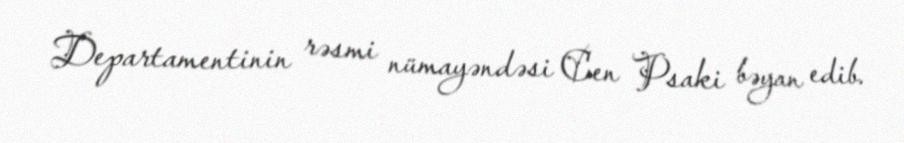
Departamentinin rəsmi nümayəndəsi Cen Psaki bəyan edib.